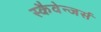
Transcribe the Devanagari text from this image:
स्कैवेन्जर्स